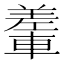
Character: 䡨